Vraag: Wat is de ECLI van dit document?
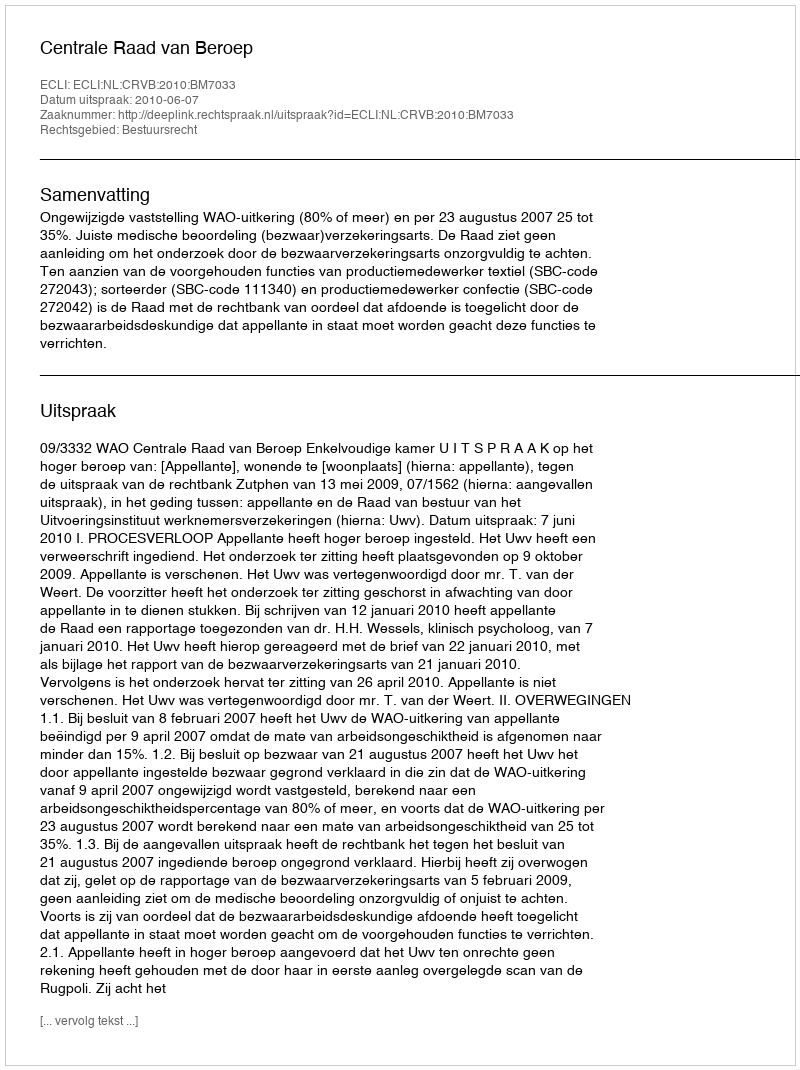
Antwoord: ECLI:NL:CRVB:2010:BM7033